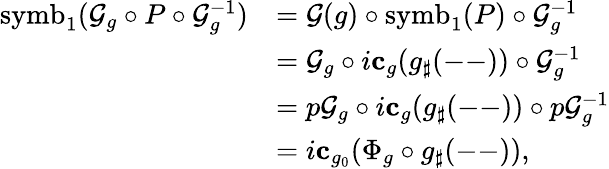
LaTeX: \begin{array}{rl}{\mathrm{symb}_{1}(\mathcal{G}_{g}\circ P\circ\mathcal{G}_{g}^{-1})}&{=\mathcal{G}(g)\circ\mathrm{symb}_{1}(P)\circ\mathcal{G}_{g}^{-1}}\\ &{=\mathcal{G}_{g}\circ i\mathbf{c}_{g}({g}_{\sharp}(\mathrm{--}))\circ\mathcal{G}_{g}^{-1}}\\ &{=p\mathcal{G}_{g}\circ i\mathbf{c}_{g}({g}_{\sharp}(\mathrm{--}))\circ p\mathcal{G}_{g}^{-1}}\\ &{=i\mathbf{c}_{g_{0}}(\Phi_{g}\circ g_{\sharp}(\mathrm{--})),}\end{array}